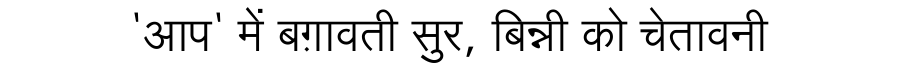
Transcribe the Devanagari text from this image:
'आप' में बग़ावती सुर, बिन्नी को चेतावनी